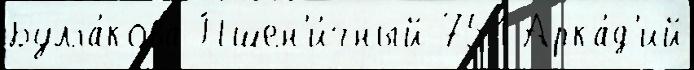
Булга́кова Пшен'и́чный 751 Арка́д'ий